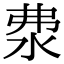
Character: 𣲴